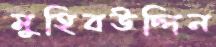
মুহিবউদ্দিন